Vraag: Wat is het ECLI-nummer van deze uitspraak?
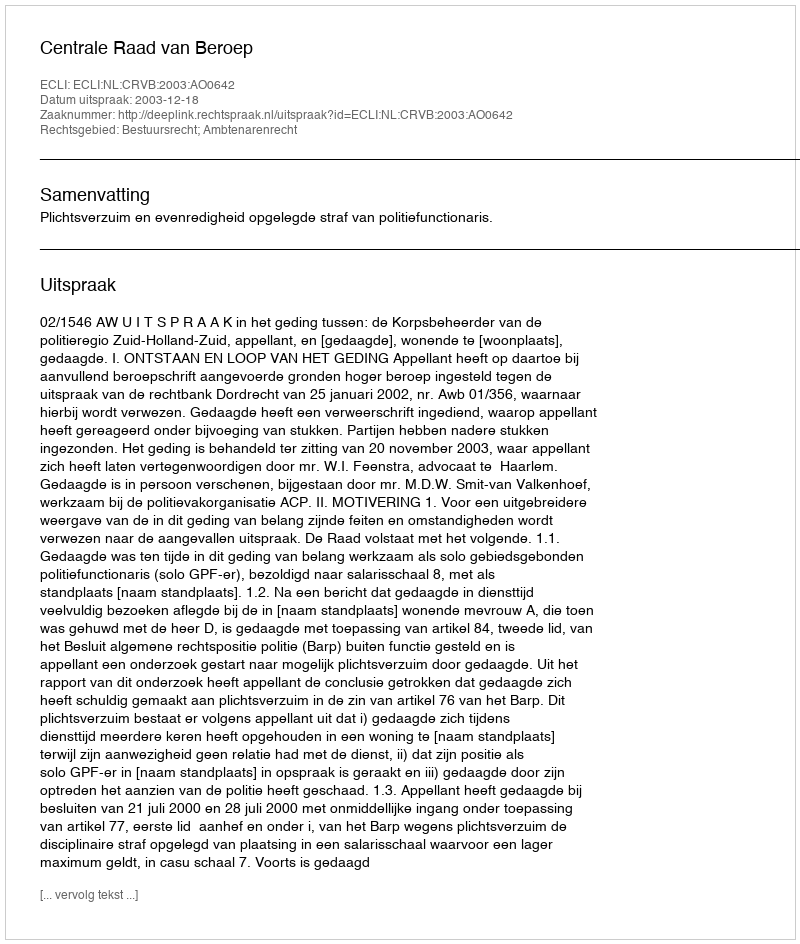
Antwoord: ECLI:NL:CRVB:2003:AO0642